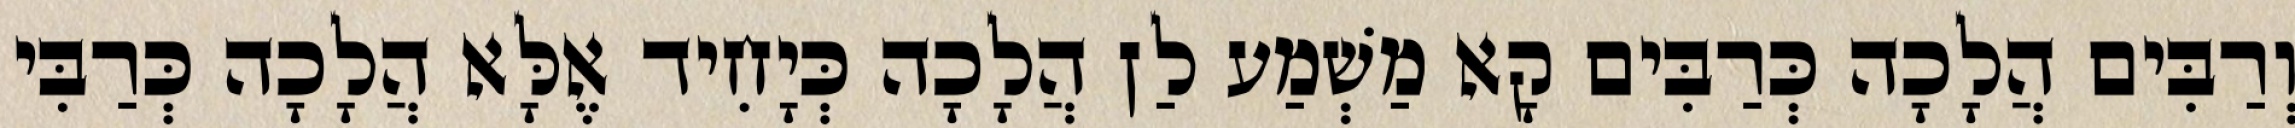
וְרַבִּים הֲלָכָה כְּרַבִּים קָא מַשְׁמַע לַן הֲלָכָה כְּיָחִיד אֶלָּא הֲלָכָה כְּרַבִּי